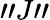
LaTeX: "J"